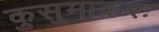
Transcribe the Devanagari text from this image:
कुसुमाकरः